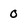
Character: 0